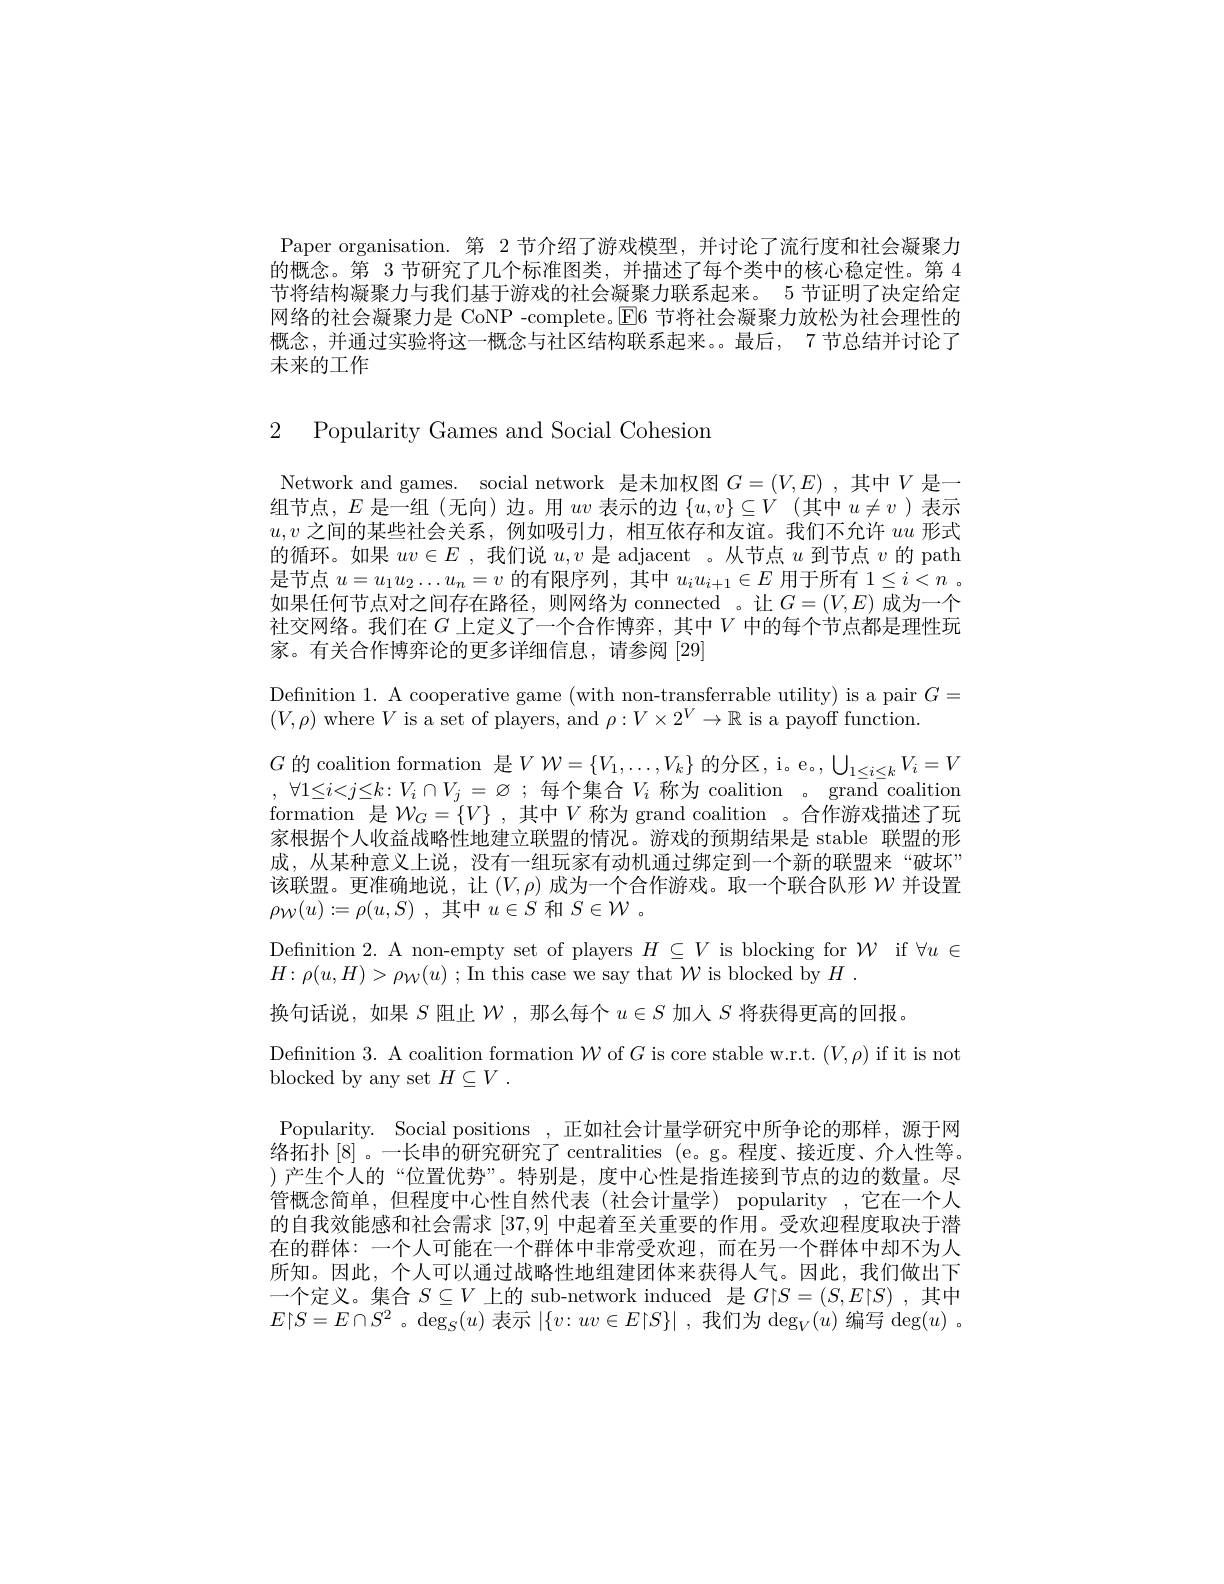
Paper organisation. 第 2 节介绍了游戏模型，并讨论了流行度和社会凝聚力的概念。第 3 节研究了几个标准图类，并描述了每个类中的核心稳定性。第 4节将结构凝聚力与我们基于游戏的社会凝聚力联系起来。5 节证明了决定给定网络的社会凝聚力是 CoNP -complete。El6 节将社会凝聚力放松为社会理性的概念，并通过实验将这一概念与社区结构联系起来。。最后，7 节总结并讨论了未来的工作

2 Popularity Games and Social Cohesiom

$G$ 的 coalition formation 是$VW=\{V_1,\ldots,V_k\}$ 的分区，i。e。, $\bigcup_1\leq i\leq kV_i=V$

Network and games. social network 是未加权图$G=(V,E)$ ,其中$V$是一组节点，$E$是一组(无向)边。用$uv$表示的边$\{u,v\}\subseteq V$ (其中$u\neq v$ )表示$u,v$之间的某些社会关系，例如吸引力，相互依存和友谊。我们不允许$uu$形式的循环。如果$uv\in E$ ,我们说$u,v$是 adjacent 。从节点$u$到节点$v$的 path 是节点$u=u_1u_2\ldots u_n=v$的有限序列，其中$u_iu_{i+1}\in E$用于所有$1\leq i<n$ 。如果任何节点对之间存在路径，则网络为 connected 。让$G=(V,E)$成为一个社交网络。我们在$G$上定义了一个合作博弈，其中$V$中的每个节点都是理性玩家。有关合作博弈论的更多详细信息，请参阅[29]
Defnition 1. A cooperative game (with non-transferrable utility) is a pair $G=$
$(V,\rho)$ where $V$ is a set of players, and $\rho:V\times2^V\to\mathbb{R}$ is a payoff function
, $\forall 1\leq i< j\leq k: V_{i}\cap V_{j}= \varnothing$ ;每个集合$V_i$称为 coalition 。grand coalition formation 是$\mathcal{W}_G=\{V\}$ ,其中$V$称为 grand coalition 。合作游戏描述了玩家根据个人收益战略性地建立联盟的情况。游戏的预期结果是 stable 联盟的形成，从某种意义上说，没有一组玩家有动机通过绑定到一个新的联盟来“破坏” 该联盟。更准确地说，让$(V,\rho)$成为一个合作游戏。取一个联合队形$\mathcal{W}$并设置$\rho _{\mathcal{W} }( u) : = \rho ( u, S)$ ,其中$u\in S$ 和$S\in\mathcal{W}$。
Defnition 2. A non-empty set of players $H\subseteq V$ is blocking for $\mathcal{W}$ if $\forall u\in$
$H\colon\rho(u,H)>\rho_W(u)~;$In this case we say that $\mathcal{W}$ is blocked by $H~.$
换句话说，如果$S$阻止$\mathcal{W}$,那么每个$u\in S$加人$S$将获得更高的回报。
Defnition 3. A coalition formation $\mathcal{W}$ of $G$ is core stable w.r.t. $(V,\rho)$ if it is not
blocked by any set $H\subseteq V$ .
Popularity. Social positions,正如社会计量学研究中所争论的那样，源于网络拓扑[8]。一长串的研究研究了 centralities (e。g。程度、接近度、介人性等。)产生个人的“位置优势”。特别是，度中心性是指连接到节点的边的数量。尽管概念简单，但程度中心性自然代表(社会计量学) popularity ,它在一个人的自我效能感和社会需求[37,9]中起着至关重要的作用。受欢迎程度取决于潜在的群体：一个人可能在一个群体中非常受欢迎，而在另一个群体中却不为人所知。因此，个人可以通过战略性地组建团体来获得人气。因此，我们做出下一个定义。集合$S\subseteq V$上的 sub-network induced 是$G|S=(S,E|S)$ ,其中$E|S=E\cap S^2$。$\deg_S(u)$表示$|\{v:uv\in E|S\}|$ ,我们为$\deg_V(u)$编写$\deg(u)$ 。